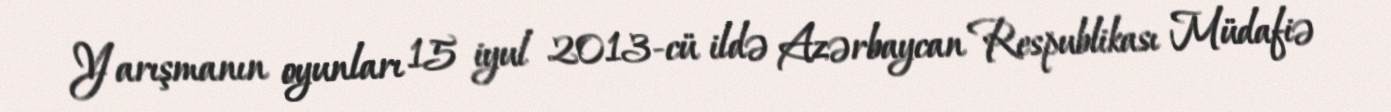
Yarışmanın oyunları 15 iyul 2013-cü ildə Azərbaycan Respublikası Müdafiə